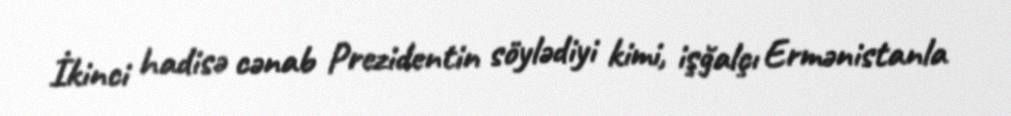
İkinci hadisə cənab Prezidentin söylədiyi kimi, işğalçı Ermənistanla